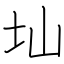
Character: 圸